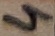
Text: 4